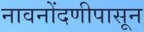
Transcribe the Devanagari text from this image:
नावनोंदणीपासून